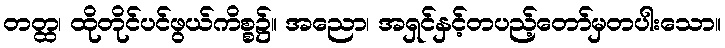
တတ္ထ၊ ထိုတိုင်ပင်ဖွယ်ကိစ္စ၌။ အညော၊ အရှင်နှင့်တပည့်တော်မှတပါးသော။